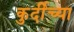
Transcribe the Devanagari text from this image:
कुर्दीच्या